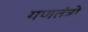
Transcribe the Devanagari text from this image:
गणतंत्रो